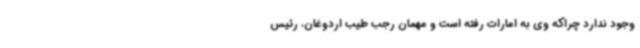
وجود ندارد چراکه وی به امارات رفته است و مهمان رجب طیب اردوغان، رئیس